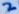
Text: 2